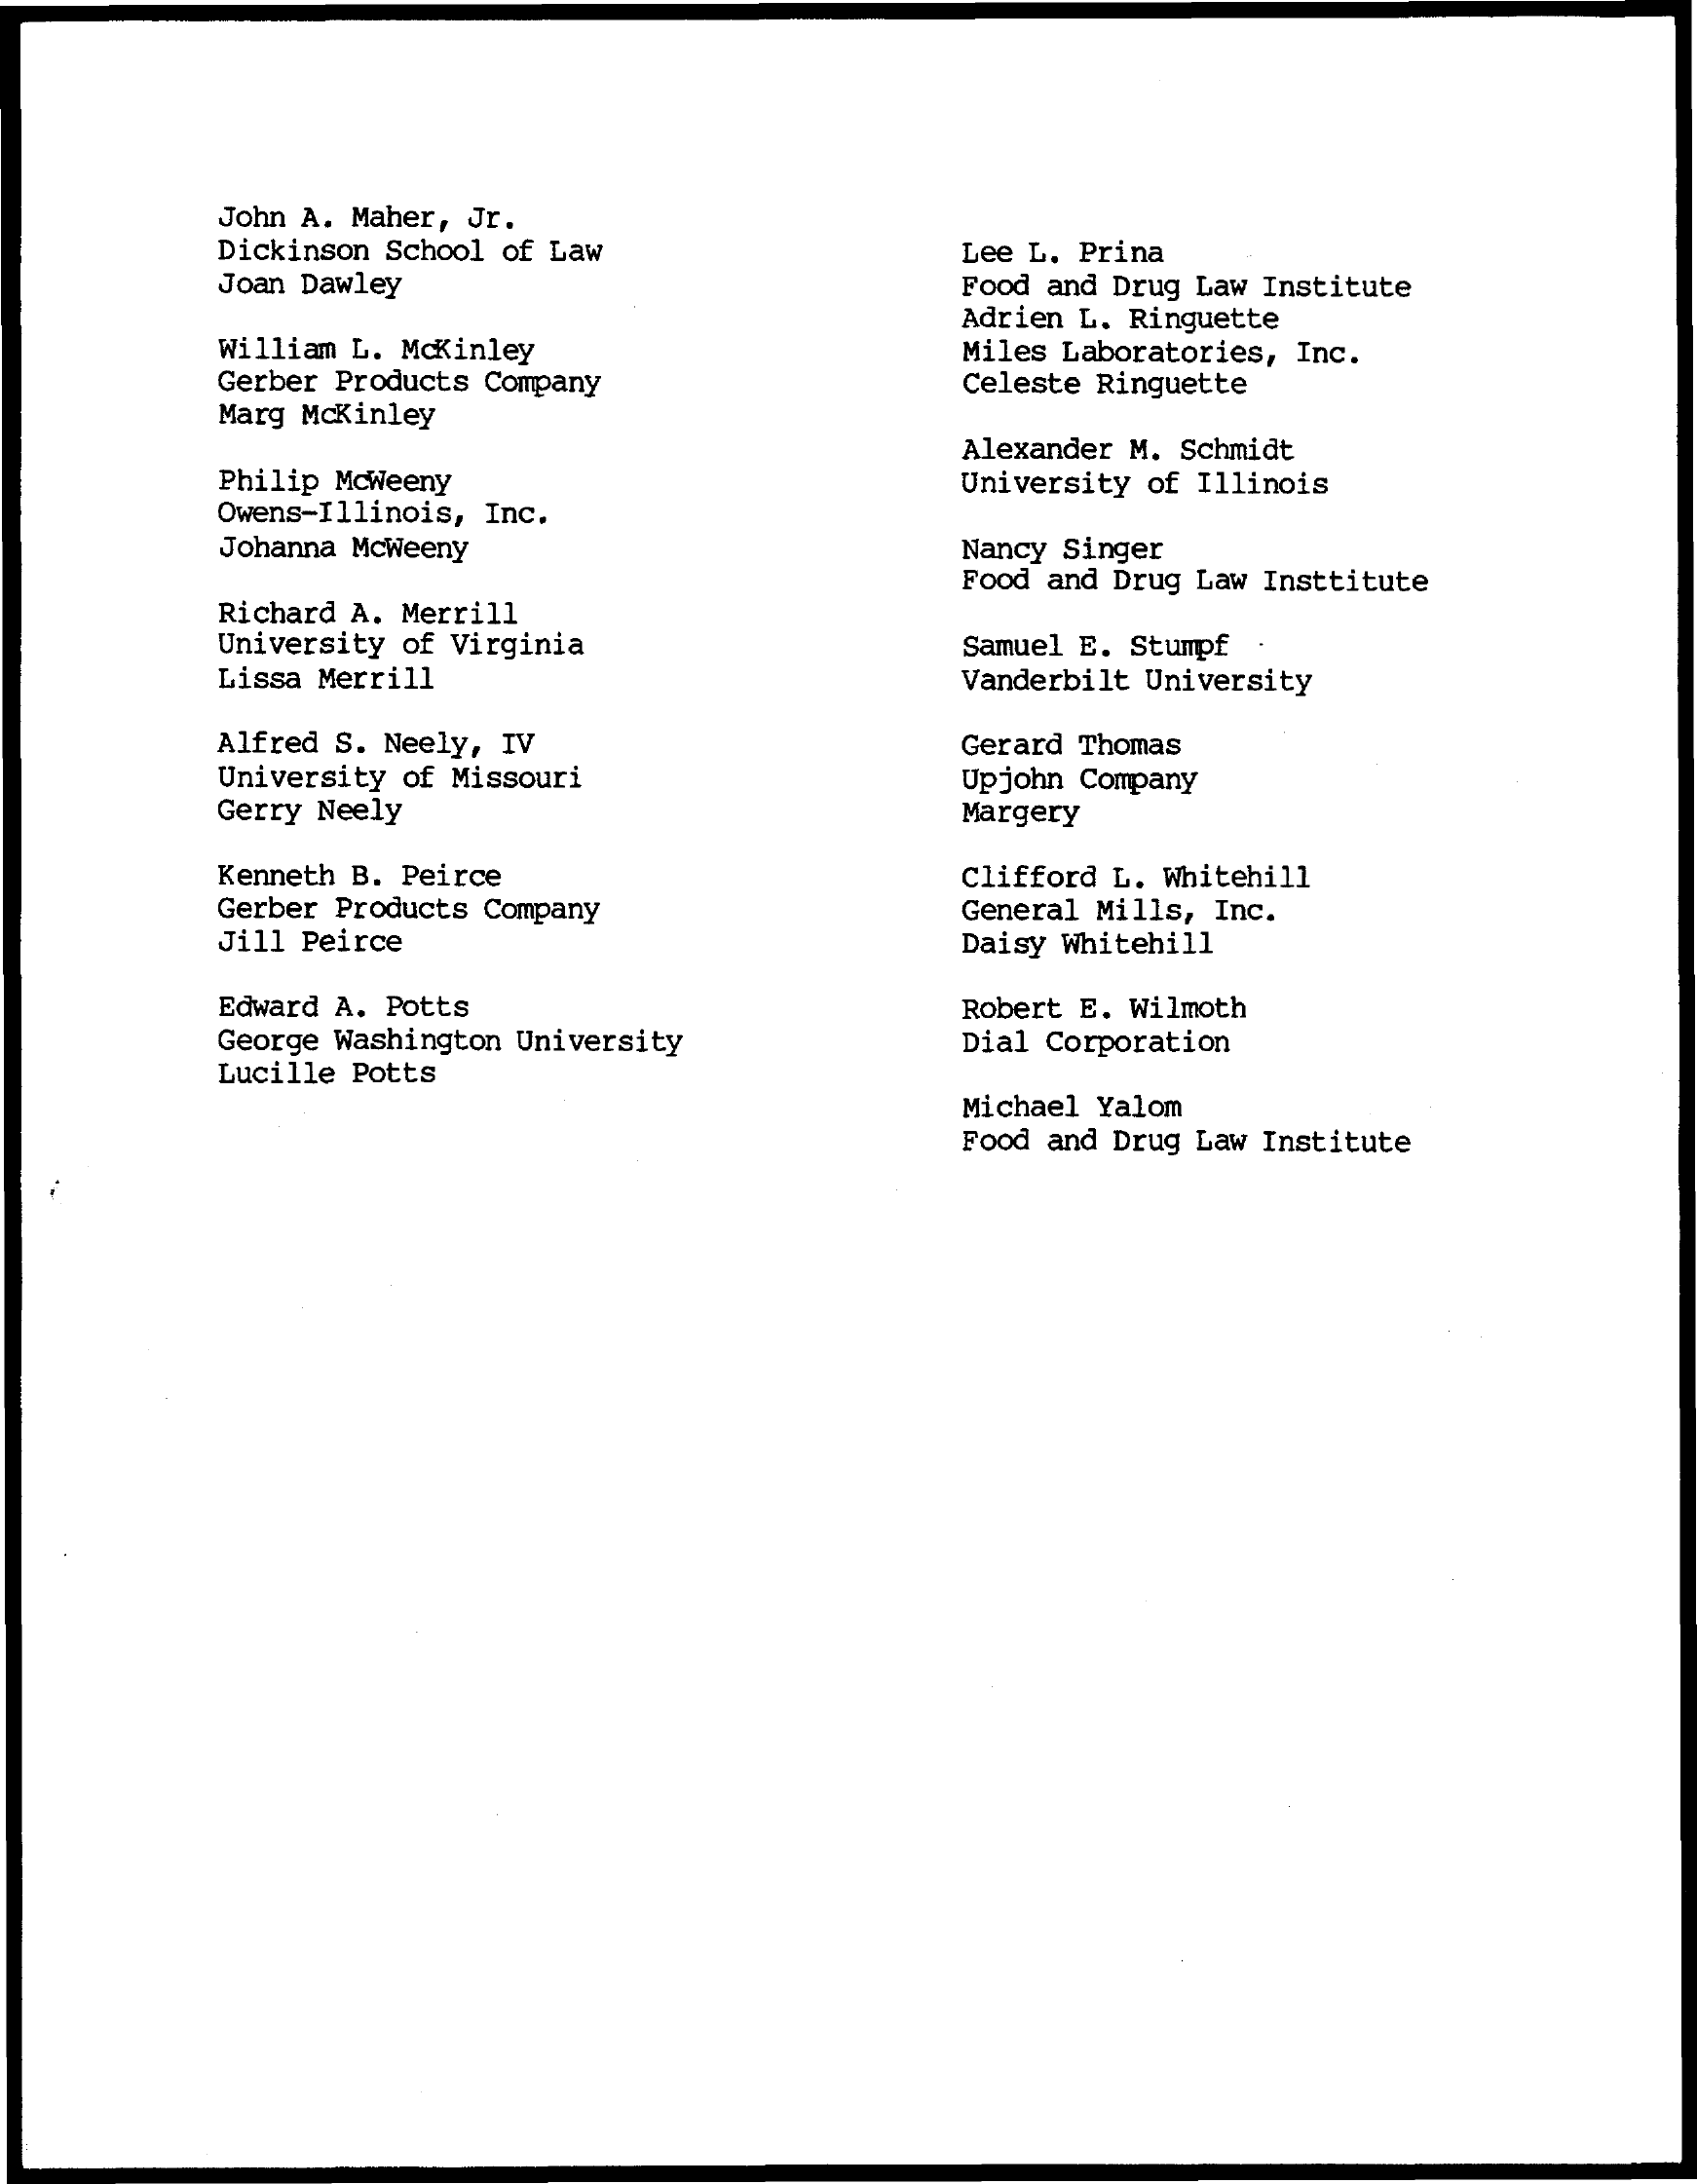
John A. Maher, Jr.
     Dickinson School of Law    Lee L. Prina
     Joan Dawley    Food and Drug Law Institute
     Adrien L. Ringuette
     William L. McKinley    Miles Laboratories, Inc.
     Gerber Products Company    Celeste Ringuette
     Marg Mckinley
     Alexander M. Schmidt
     Philip Mcweeny
     Owens-Illinois, Inc.
     University of Illinois
     Johanna McWeeny    Nancy Singer
     Food and Drug Law Institute
     Richard A. Merrill
     University of Virginia
     Lissa Merrill
     Samuel E. Stumpf
     Vanderbilt University
     Alfred S. Neely, IV    Gerard Thomas
     University of Missouri    Upjohn Company
     Gerry Neely    Margery
     Kenneth B. Peirce    Clifford L. Whitehill
     Gerber Products Company    General Mills, Inc.
     Jill Peirce    Daisy Whitehill
     Edward A. Potts    Robert E. Wilmoth
     George Washington University  Dial Corporation
     Lucille Potts
     Michael Yalom
     Food and Drug Law Institute